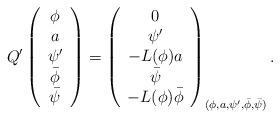
LaTeX: \begin{align*}Q'\left( \begin{array}{c}\phi \\a \\\psi' \\\bar{\phi} \\\bar{\psi} \end{array} \right) = \left( \begin{array}{c}0 \\ \psi' \\ -L(\phi)a \\ \bar{\psi} \\ -L(\phi)\bar{\phi} \end{array} \right)_{(\phi,a,\psi',\bar{\phi},\bar{\psi})}. \end{align*}